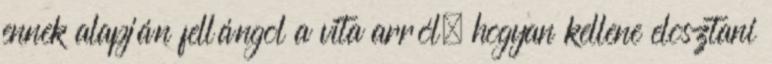
ennek alapján fellángol a vita arról, hogyan kellene elosztani